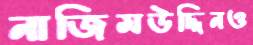
নাজিমউদ্দিনও